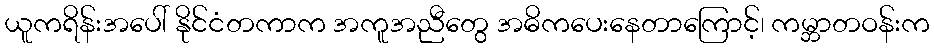
ယူကရိန်းအပေါ် နိုင်ငံတကာက အကူအညီတွေ အဓိကပေးနေတာကြောင့်၊ ကမ္ဘာတဝန်းက